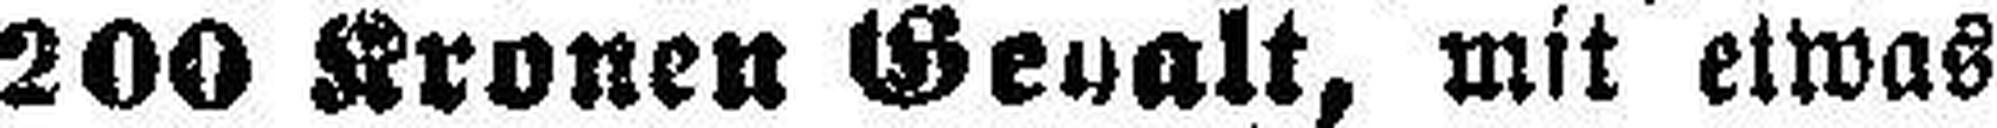
200 Kronen Gehalt, mit etwas